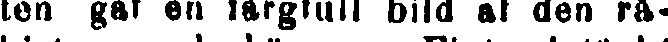
ten gaf en fårgfull bild af den rå-